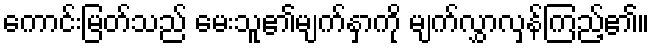
ကောင်းမြတ်သည် မေးသူ၏မျက်နှာကို မျက်လွှာလှန်ကြည့်၏။